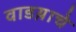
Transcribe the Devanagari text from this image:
वाडय़ाचे